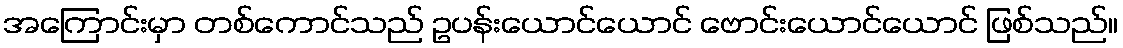
အကြောင်းမှာ တစ်ကောင်သည် ဥပန်းယောင်ယောင် ဗောင်းယောင်ယောင် ဖြစ်သည်။